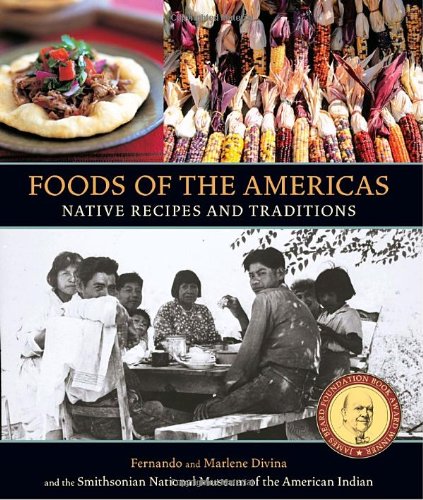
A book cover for Foods of the Americas: Native Recipes and Traditions; Smithsonian American Indian; Cookbooks, Food & Wine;